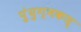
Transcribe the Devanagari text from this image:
पुंयुग्मकश्